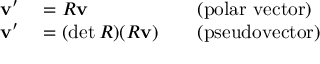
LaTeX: \begin{array} { r l r l } { \mathbf { v } ^ { \prime } } & { { } = R \mathbf { v } } & { } & { { } { \mathrm { ( p o l a r ~ v e c t o r ) } } } \\ { \mathbf { v } ^ { \prime } } & { { } = ( \operatorname* { d e t } R ) ( R \mathbf { v } ) } & { } & { { } { \mathrm { ( p s e u d o v e c t o r ) } } } \end{array}